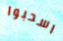
اسحبوا